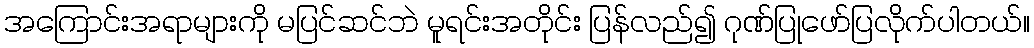
အကြောင်းအရာများကို မပြင်ဆင်ဘဲ မူရင်းအတိုင်း ပြန်လည်၍ ဂုဏ်ပြုဖော်ပြလိုက်ပါတယ်။